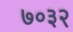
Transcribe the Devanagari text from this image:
७०३२